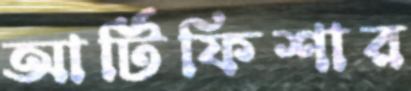
আর্টিফিশার